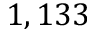
1 , 1 3 3